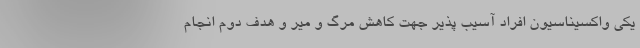
یکی واکسیناسیون افراد آسیب پذیر جهت کاهش مرگ و میر و هدف دوم انجام